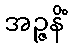
အဉ္ဇနိံ